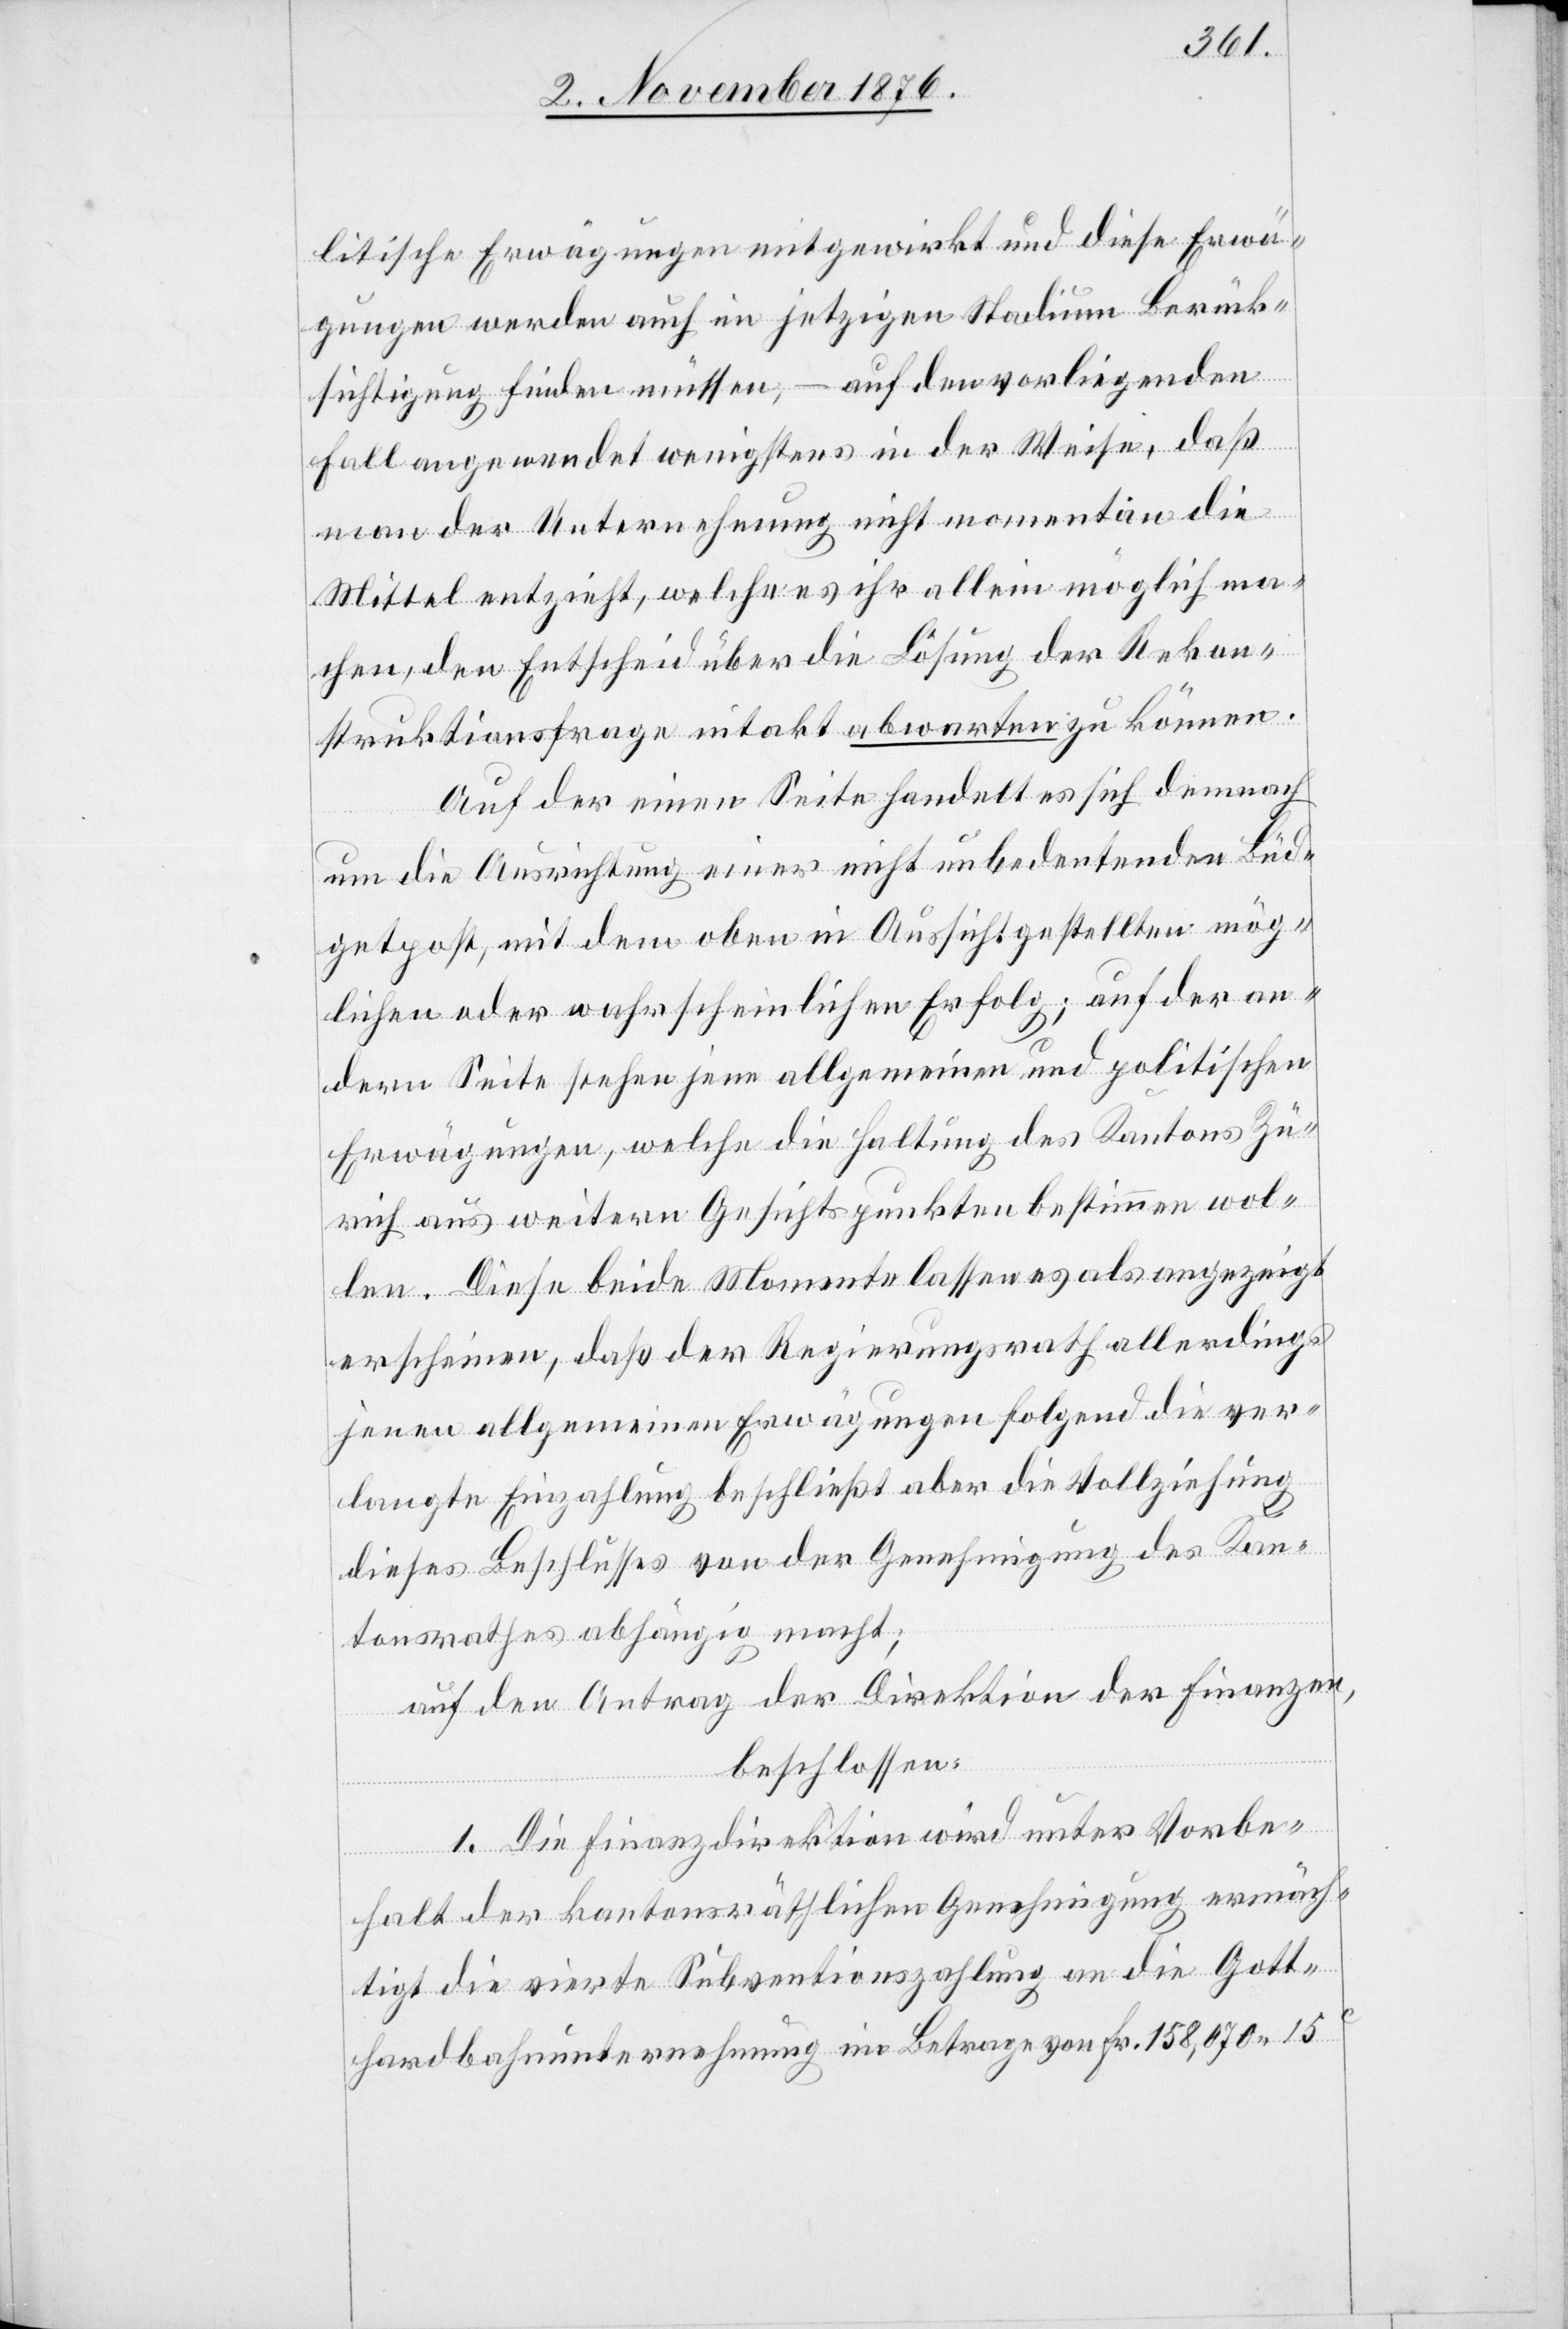
litische Erwägungen mitgewirkt und diese Erwä¬
gungen werden auch im jetzigen Stadium Berück¬
sichtigung finden müssen, – auf den vorliegenden
Fall angewendet wenigstens in der Weise, daß
man der Unternehmung nicht momentan die
Mittel entzieht, welche es ihr allein möglich ma¬
chen, den Entscheid über die Lösung der Rekon¬
struktionsfrage intakt abwarten zu können.
Auf der einen Seite handelt es sich demnach
um die Ausrichtung einer nicht unbedeutenden Büd¬
getpost, mit dem oben in Aussicht gestellten mög¬
lichen oder wahrscheinlichen Erfolg; auf der an¬
dern Seite stehen jene allgemeinen und politischen
Erwägungen, welche die Haltung des Kantons Zü¬
rich aus weitern Gesichtspunkten bestimmen wol¬
len. Diese beide[n] Momente lassen es als angezeigt
erschienen, daß der Regierungsrath allerdings
jenen allgemeinen Erwägungen folgend die ver¬
langte Einzahlung beschließt aber die Vollziehung
dieses Beschlusses von der Genehmigung des Kan¬
tonsrathes abhängig macht;
auf den Antrag der Direktion der Finanzen,
beschlossen:
1. Die Finanzdirektion wird unter Vorbe¬
halt der kantonsräthlichen Genehmigung ermäch¬
tigt die vierte Subventionszahlung an die Gott¬
hardbahnunternehmung im Betrage von Fr. 158,070 15c